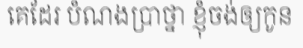
គេដែរ បំណងប្រាថ្នា ខ្ញុំចង់ឲ្យកូន